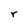
Character: r